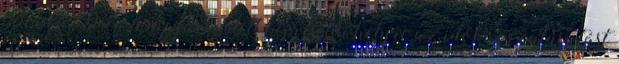
január 29-én a megüresedett képviselői helyre az időközi választást